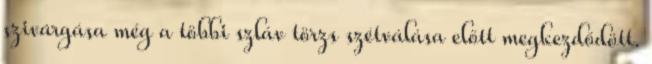
szivárgása még a többi szláv törzs szétválása előtt megkezdődött.